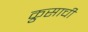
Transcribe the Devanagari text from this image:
क्रुसाची